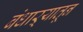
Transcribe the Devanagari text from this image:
बंधाऱ्यातून